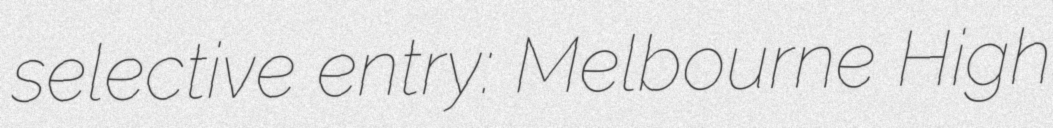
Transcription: selective entry: Melbourne High